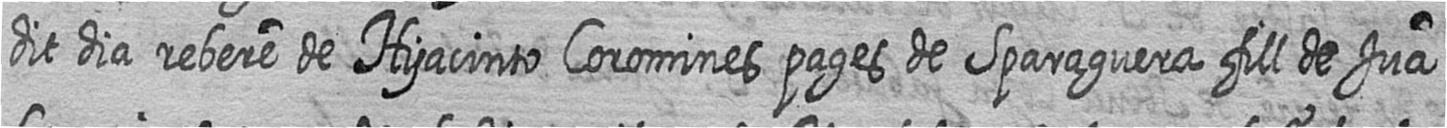
dit dia rebere de Hyacinto Coromines pages de Sparaguera fill de Jua